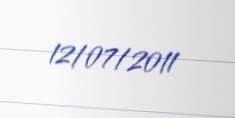
12/07/2011